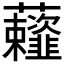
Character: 𰲗